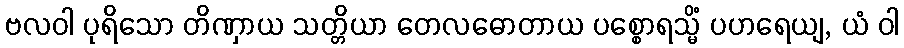
ဗလဝါ ပုရိသော တိဏှာယ သတ္တိယာ တေလဓောတာယ ပစ္စောရသ္မိံ ပဟရေယျ, ယံ ဝါ